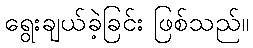
ရွေးချယ်ခဲ့ခြင်း ဖြစ်သည်။